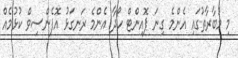
މި މުބާރާތުގައި އެންމެ ގިނަ ޕޮއިންޓް ހޯދާ އެންމެ ރަނގަޅު އޮފެންސިވް ކުޅުމެއް